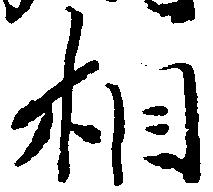
相